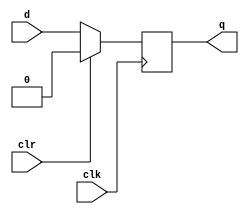
module flip_flop(clk , d, q, clr) ;
	input clk , d, clr; 
	output reg q; 

	always @(posedge clk )

	begin
		if(clr)
			q <= 1'b0 ;
		else
			q <= d; 

	end 
endmodule 

// for asynchronous use always @(posedge clk or posedge clr) .
// in testbench write similar thing for clr as clk .